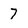
Character: 7